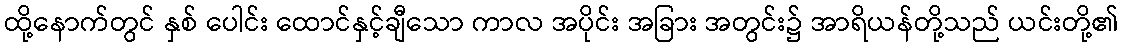
ထို့နောက်တွင် နှစ် ပေါင်း ထောင်နှင့်ချီသော ကာလ အပိုင်း အခြား အတွင်း၌ အာရိယန်တို့သည် ယင်းတို့၏